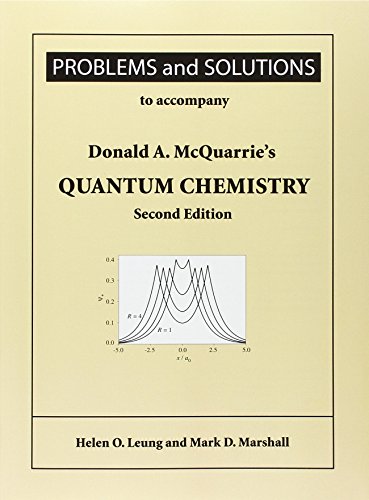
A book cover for Problems and Solutions for Mcquarrie's Quantum Chemistry; Helen O. Leung; Science & Math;